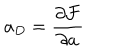
LaTeX: a _ { D } = \frac { \partial \mathcal { F } } { \partial a }